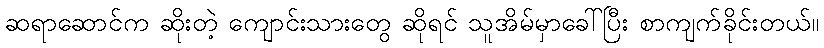
ဆရာဆောင်က ဆိုးတဲ့ ကျောင်းသားတွေ ဆိုရင် သူအိမ်မှာခေါ်ပြီး စာကျက်ခိုင်းတယ်။